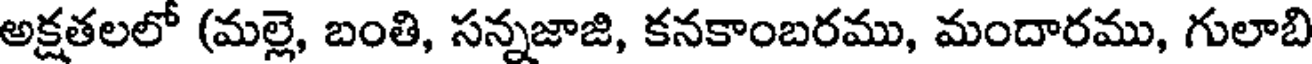
అక్షతలలో (మల్లె, బంతి, సన్నజాజి, కనకాంబరము, మందారము, గులాబి